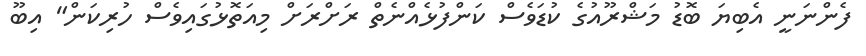
ފެންނަނީ އެބިޔަ ބޮޑު މަޝްރޫއުގެ ކުޑަވެސް ކަންފުޅެއްނެތް ރަށްރަށް މިއަތޮޅުގައިވެސް ހުރިކަން" އިބޫ